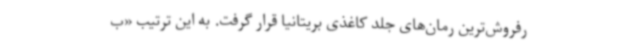
رفروش‌ترین رمان‌های جلد کاغذی بریتانیا قرار گرفت. به این ترتیب «ب